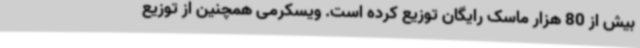
بیش از 80 هزار ماسک رایگان توزیع کرده است. ویسکرمی همچنین از توزیع